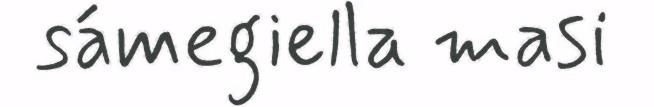
sámegiella masi